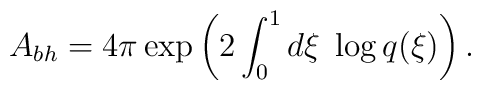
A_{bh}=4\pi\exp\left(2\int_{0}^{1} d\xi\;\log q(\xi)\right).